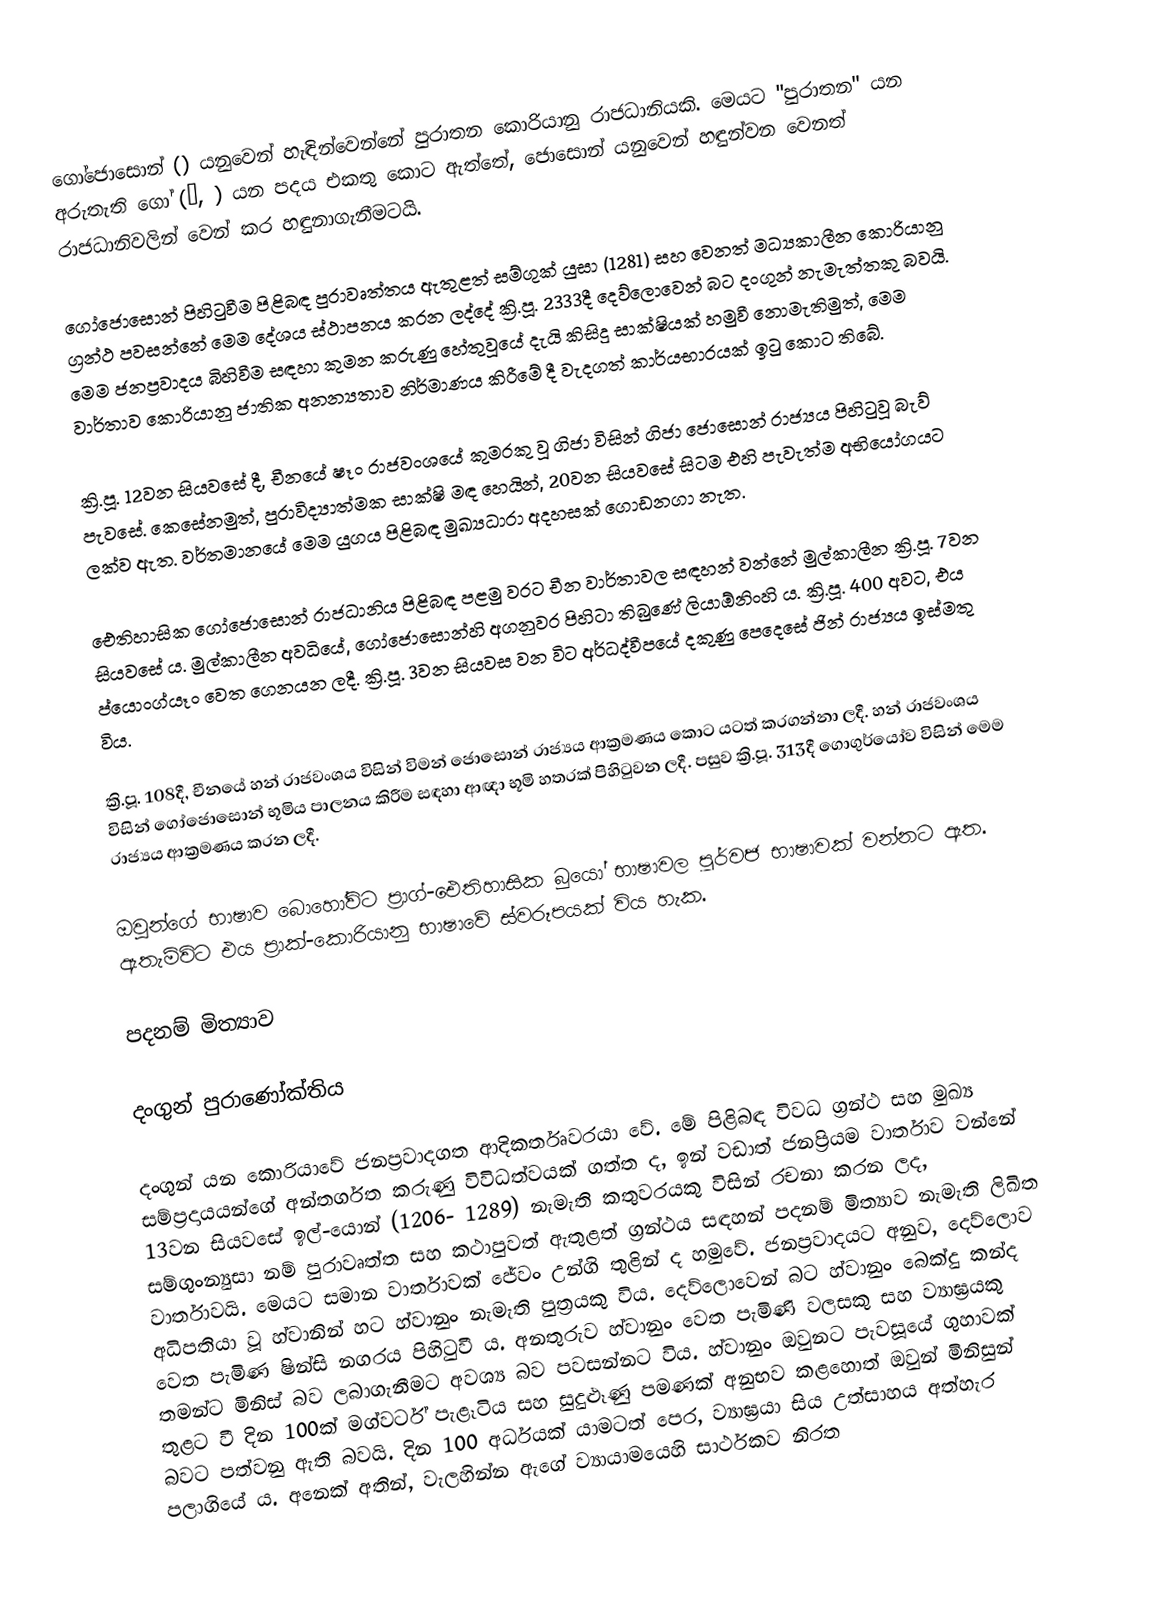
ගෝජොසොන් () යනුවෙන් හැඳින්වෙන්නේ ‍පුරාතන කොරියානු රාජධානියකි. මෙයට "පුරාතන" යන අරුතැති ගෝ (고, ) යන පදය එකතු කොට ඇත්තේ, ජොසොන් යනුවෙන් හඳුන්වන වෙනත් රාජධානිවලින් වෙන් කර හඳුනාගැනීමටයි.

ගෝජොසොන් පිහිටුවීම පිළිබඳ පුරාවෘත්තය ඇතුළත් සම්ගුක් යුසා (1281) සහ වෙනත් මධ්‍යකාලීන කොරියානු ග්‍රන්ථ පවසන්නේ මෙම දේශය ස්ථාපනය කරන ලද්දේ ක්‍රි.පූ. 2333දී දෙව්ලොවෙන් බට දංගුන් නැමැත්තකු බවයි. මෙම ජනප්‍රවාදය බිහිවීම සඳහා කුමන කරුණු හේතුවූයේ දැයි කිසිදු සාක්ෂියක් හමුවී නොමැතිමුත්, මෙම වාර්තාව කොරියානු ජාතික අනන්‍යතාව නිර්මාණය කිරීමේ දී වැදගත් කාර්යභාරයක් ඉටු කොට තිබේ.

ක්‍රි.පූ. 12වන සියවසේ දී, චීනයේ ෂෑං රාජවංශයේ කුමරකු වූ ගිජා විසින් ගිජා ජොසොන් රාජ්‍යය පිහිටුවූ බැව් පැවසේ. කෙසේනමුත්, පුරාවිද්‍යාත්මක සාක්ෂි මඳ හෙයින්, 20වන සියවසේ සිටම එහි පැවැත්ම අභියෝගයට ලක්ව ඇත. වර්තමානයේ මෙම යුගය පිළිබඳ මුඛ්‍යධාරා අදහසක් ගොඩනගා නැත‍‍.

ඓතිහාසික ‍ගෝජොසොන් රාජධානිය පිළිබඳ පළමු වරට චීන වාර්තාවල සඳහන් වන්නේ මුල්කාලීන ක්‍රි.පූ. 7වන සියවසේ ය. මුල්කාලීන අවධියේ, ගෝජොසොන්හි අගනුවර පිහිටා තිබුණේ ලියාඕනිංහි ය. ක්‍රි.පූ. 400 අවට, එය ප්යොංග්යෑං වෙත ගෙනයන ලදී. ක්‍රි.පූ. 3වන සියවස වන විට අර්ධද්වීපයේ දකුණු පෙදෙසේ ජින් රාජ්‍යය ඉස්මතු විය.

ක්‍රි.පූ. 108දී, චීනයේ හන් රාජවංශය විසින් විමන් ජොසොන් රාජ්‍යය ආක්‍රමණය කොට යටත් කරගන්නා ලදී. හන් රාජවංශය විසින් ගෝජොසොන් භූමිය පාලනය කිරීම සඳහා ආඥා භූමි හතරක් පිහිටුවන ලදී. පසුව ක්‍රි.පූ. 313දී ගොගුර්යෝව විසින් මෙම රාජ්‍යය ආක්‍රමණය කරන ලදී.

ඔවුන්ගේ භාෂාව බොහෝවිට ප්‍රාග්-ඓතිහාසික බුයෝ භාෂාවල පූර්වජ භාෂාවක් වන්නට ඇත. ඇතැම්විට එය ප්‍රාක්-කොරියානු භාෂාවේ ස්වරූපයක් විය හැක.

පදනම් මිත්‍යාව

දංගුන් පුරාණෝක්තිය

දංගුන් යන කොරියාවේ ජනප්‍රවාදගත ආදිකර්තෘවරයා වේ. මේ පිළිබඳ විවධ ග්‍රන්ථ සහ මුඛ්‍ය සම්ප්‍රදායයන්ගේ අන්තර්ගත කරුණු විවිධත්වයක් ගත්ත ද, ඉන් වඩාත් ජනප්‍රියම වාර්තාව වන්නේ 13වන සියවසේ ඉල්-යොන් (1206- 1289) නැමැති කතුවරයකු විසින් රචනා කරන ලද, සම්ගුංන්‍යුසා නම් පුරාවෘත්ත සහ කථාපුවත් ඇතුළත් ග්‍රන්ථය සඳහන් පදනම් මිත්‍යාව නැමැති ලිඛිත වාර්තාවයි. මෙයට සමාන වාර්තාවක් ජේවං උන්ගි තුළින් ද හමුවේ. ජනප්‍රවාදයට අනුව, දෙව්ලොව අධිපතියා වූ හ්වානින් හට හ්වානුං නැමැති පුත්‍රයකු විය. දෙව්ලොවෙන් බට හ්වානුං බෙක්දු කන්ද වෙත පැමිණ ෂින්සි නගරය පිහිටුවී ය. අනතුරුව හ්වානුං වෙත පැමිණි වලසකු සහ ව්‍යාඝ්‍රයකු තමන්ට මිනිස් බව ලබාගැනීමට අවශ්‍ය බව පවසන්නට විය. හ්වානුං ඔවුනට පැවසූයේ ගුහාවක් තුළට වී දින 100ක් මග්වර්ට් පැළෑටිය සහ සුදුළූණු පමණක් අනුභව කළහොත් ඔවුන් මිනිසුන් බවට පත්වනු ඇති බවයි. දින 100 අර්ධයක් යාමටත් පෙර, ව්‍යාඝ්‍රයා සිය උත්සාහය අත්හැර පලාගියේ ය. අනෙක් අතින්, වැලහින්න ඇගේ ව්‍යායාමයෙහි සාර්ථකව නිරත